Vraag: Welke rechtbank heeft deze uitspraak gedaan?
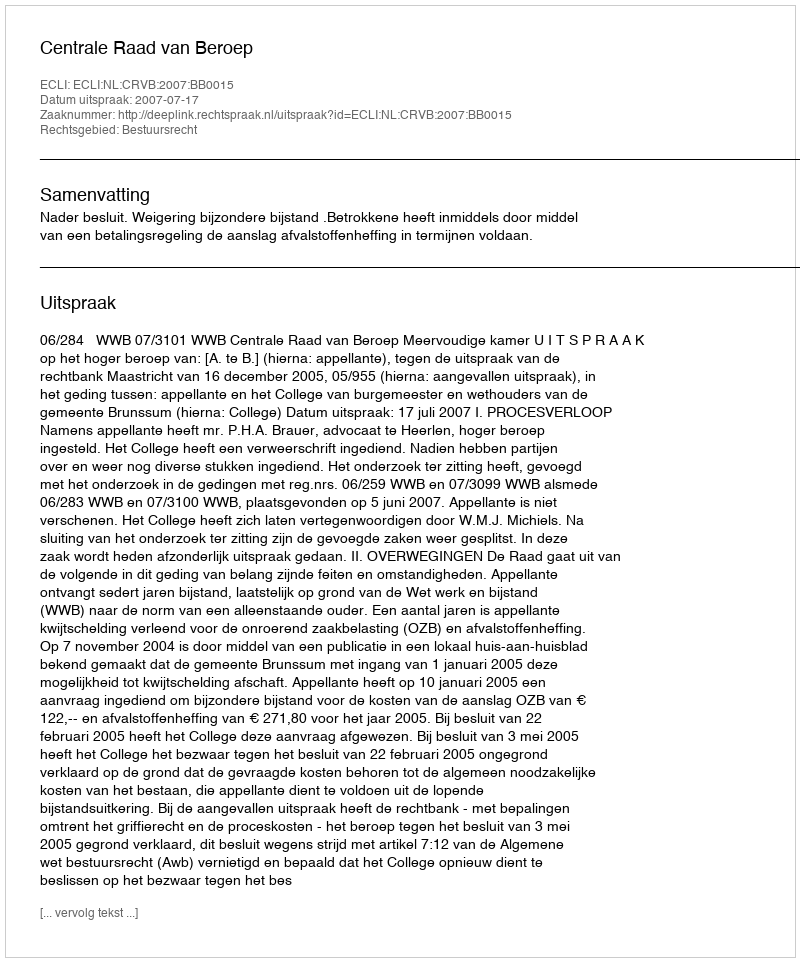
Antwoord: Centrale Raad van Beroep